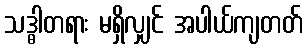
သဒ္ဓါတရား မရှိလျှင် အပါယ်ကျတတ်